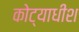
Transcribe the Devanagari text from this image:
कोट्याधीश